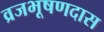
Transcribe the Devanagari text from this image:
व्रजभूषणदास